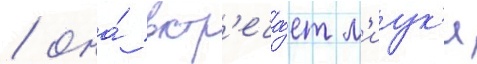
/ она́ встр'еча́ет м'иук'и